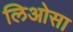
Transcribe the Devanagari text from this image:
लिओसा